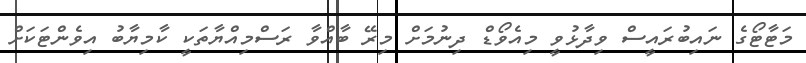
މަޓާޓޯގެ ނައިބުރައީސް ވިދާޅުވީ މިއެވޯޑް ދިނުމަށް މިރޭ ބާއްވާ ރަސްމިއްޔާތަކީ ކާމިޔާބު އިވެންޓަކަށް